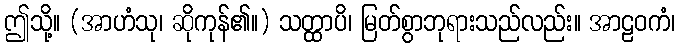
ဤသို့။ (အာဟံသု၊ ဆိုကုန်၏။) သတ္ထာပိ၊ မြတ်စွာဘုရားသည်လည်း။ အာဠဝကံ၊